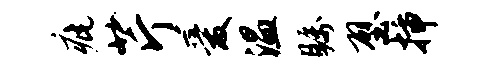
疵芹爱温瞩壁插